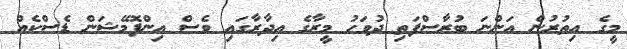
މީގެ އިތުރުން އަންނަ ބުރާސްފަތި ދުވަހު މީރާގެ އިދާރާގައި ވެސް އިންފޮމޭޝަން ޑެސްކެއް